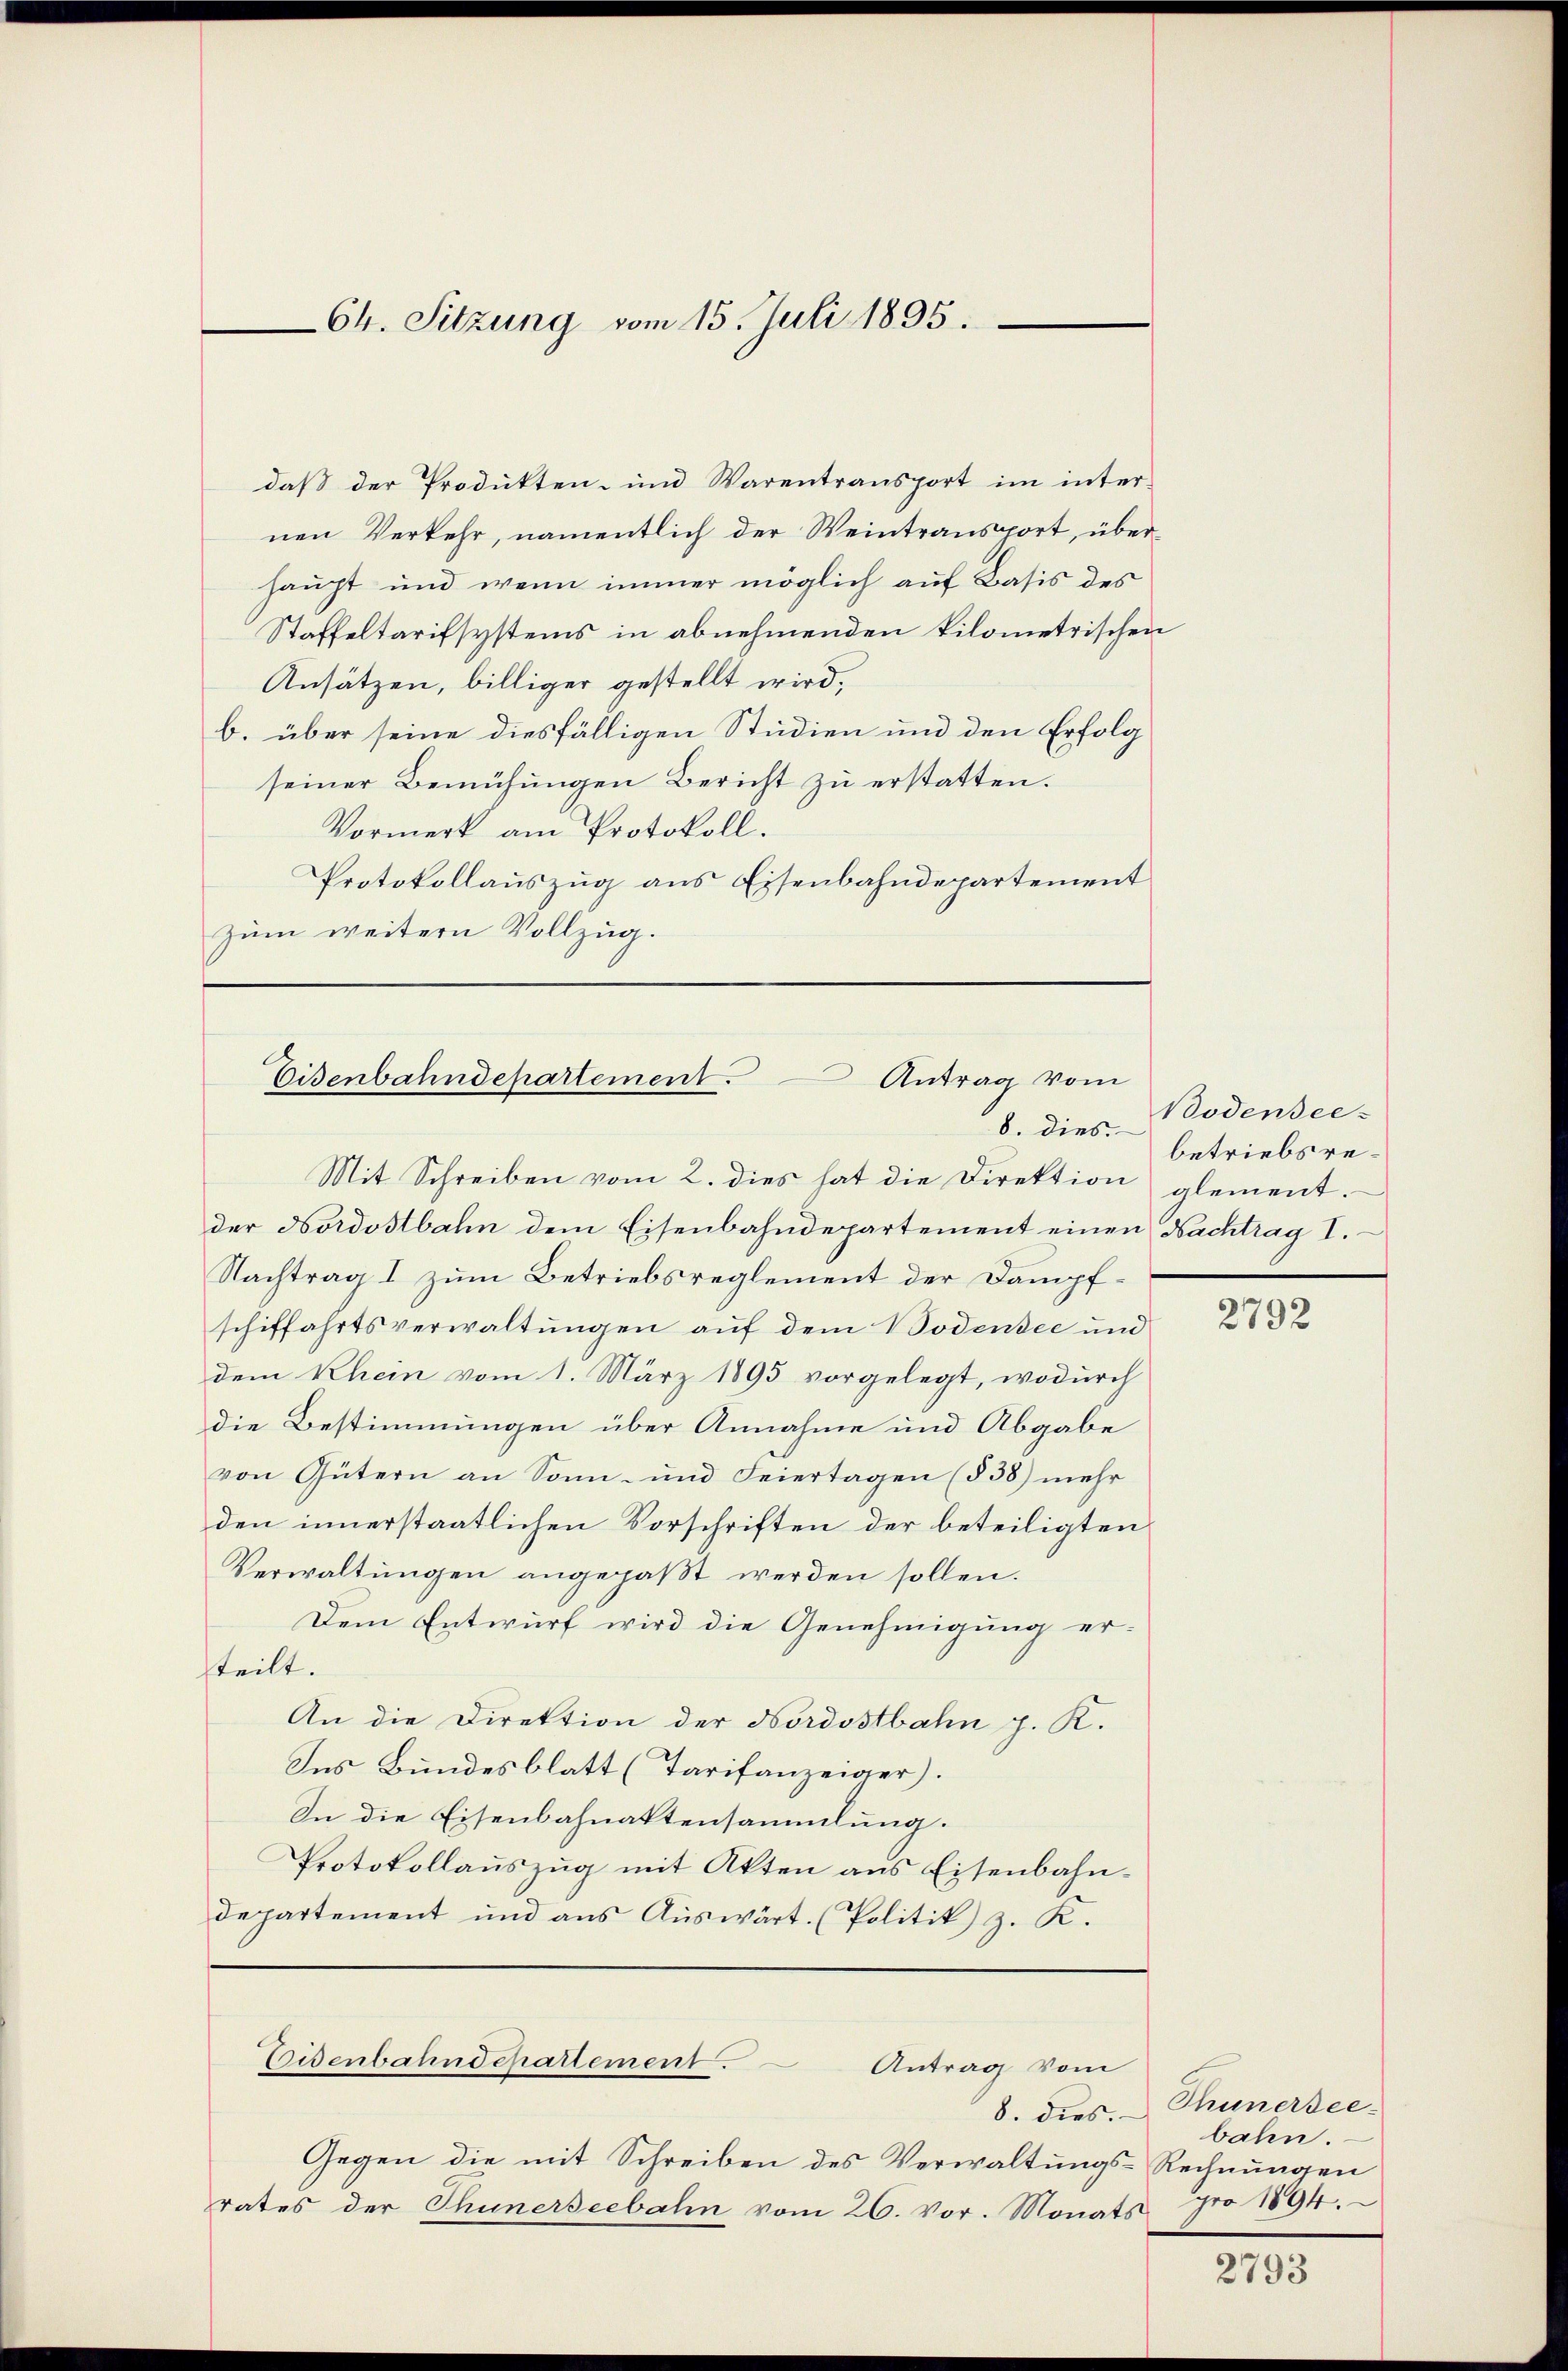
Ch. Sitzung vom 15. Juli 1895.

daβ der Produkten- und Warentransport im inter-
nen Verkehr, namentlich der Weintransport, über
haupt und wenn immer möglich auf Basis des
Staffeltarifsystems in abnehmenden Kilometrischen
Ansätzen, billiger gestellt wird,
b. über seine diesfälligen Studien und den Erfolg
seiner Bemühungen Bericht zu erstatten.
Vormerk am Protokoll.
Protokollauszug aus Eisenbahndepartement
zum weitern Vollzug.
Mit Schreiben vom 2. dies hat die Direktion glement.
der Nordostbahn dem Eisenbahndepartement einen Nachtrag I.
Nachtrag I zum Betriebsreglement der Dampfschiffahrtsverwaltungen auf dem Bodensee und
dem Rhein vom 1. März 1895 vorgelegt, wodŭrch
die Bestimmungen über Annahme und Abgabe
von Gütern an Sonn- und Feiertagen (§ 38) mehr
den innerstaatlichen Vorschriften der beteiligten
Verwaltŭngen angepaβt werden sollen.
Dem Entwurf wird die Genehmigung er-
teilt.
An die Direktion der Nordostbahn p. K.
Ins Bundesblatt (Tarifanzeiger).
In die Eisenbahnaktensammlung.
Protokollauszug mit Akten aus Eisenbahndepartement und aŭs Aŭswärt. (Politik z. K.

Eisenbahndepartement. Antrag vom
8. dies

Eisenbahndepartement.
Antrag vom

8. dies.
Gegen die mit Schreiben des Verwaltungs-Rechnungen
rates der Thunerseebahn vom 26. vor. Monats pro 1894.

Bodensee-
betriebsre¬

2792

Thunersee
bahn.

2793